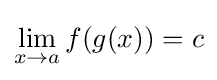
\lim _{x\to a}f(g(x))=c